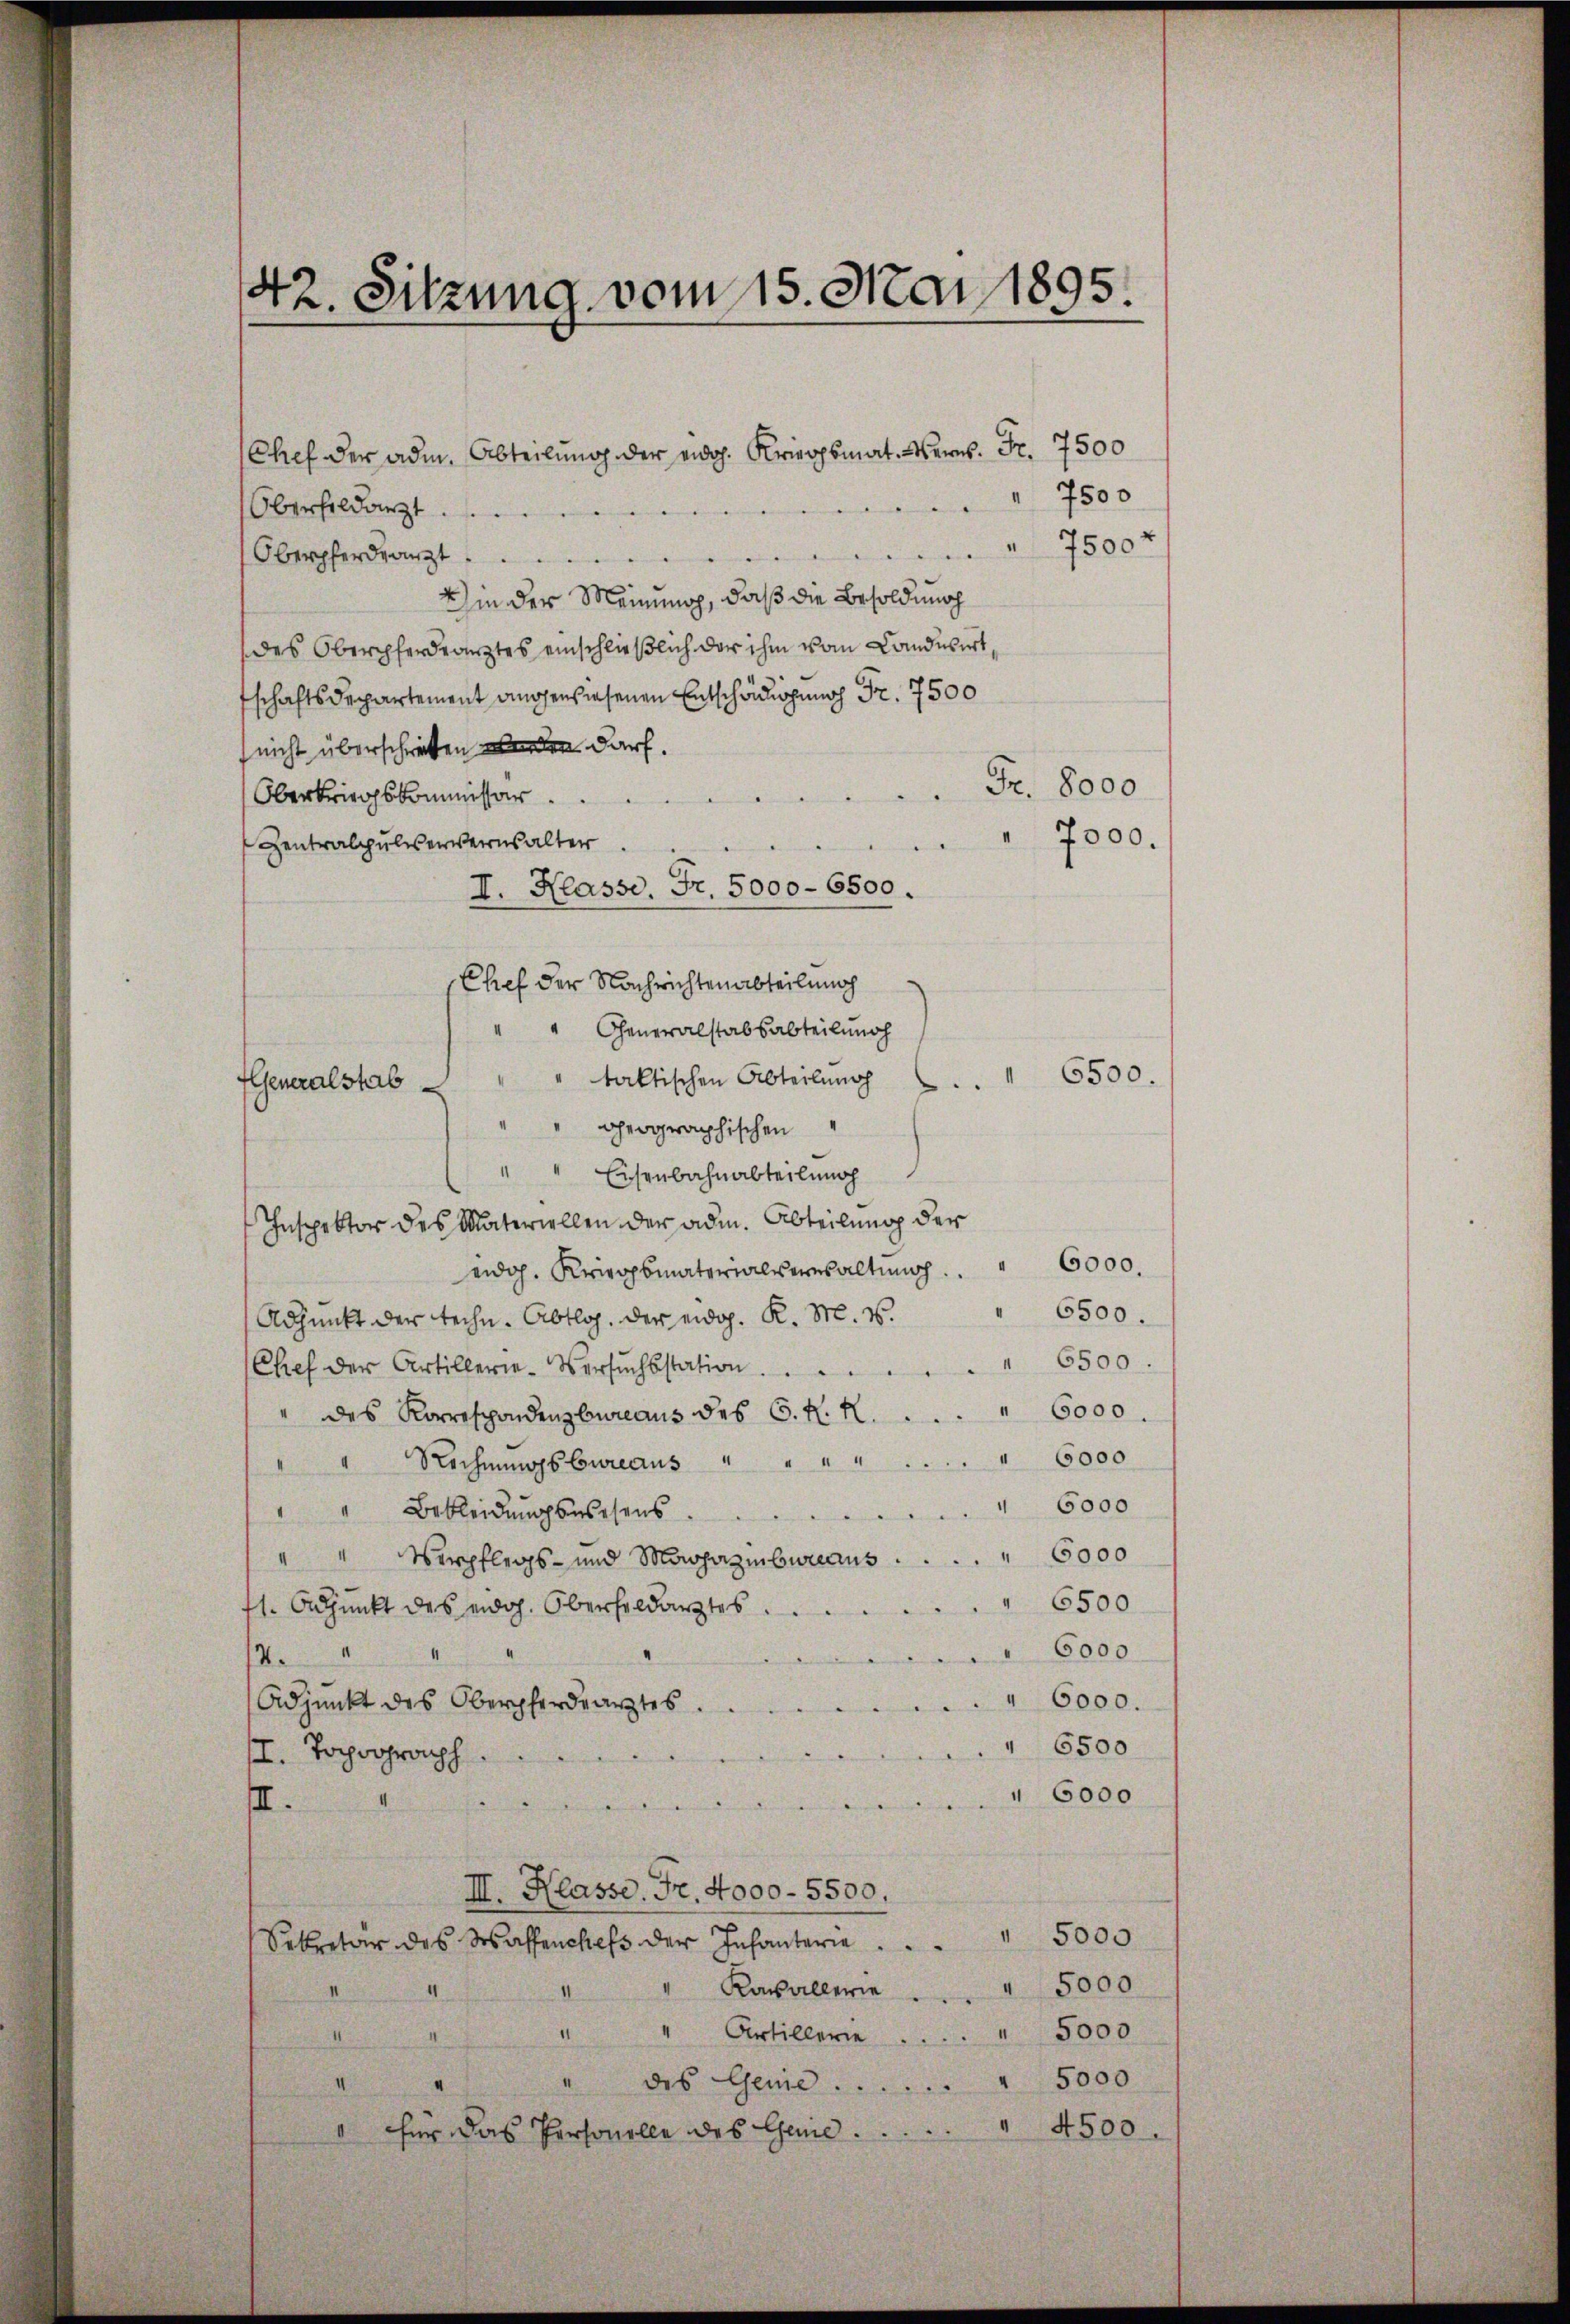
42. Sitzung vom 15. Mai 1895.

Chef der am Abteilung der eidg. Kriegsmat. Werns. Fr. 7500
7500
Oberfeldarzt.
7500 x
e
Oberpferdränzt.
Bin der Meinung, daß die Besoldung
des Oberferdearztes einschließlich der ihm vom Landwirt,
tschaftsdepartement angensiesenen Entschädigung Fr. 7500
nicht überschriften werden darf.
Fr. 8000
Oberkriegskommissar

" 7000.
Zentralpulverweins alter
Chef der Nachrichtenabteilunach
" Generalstabsabteilung
6500.
" taktischen Abteilung
Generalstab
geographischen
Eisenbahnabteilung
Inspektor des Materiellen der adm. Abteilung der
eidg. Kriegsmaterialsersaltung 6000.
6500.
Adjunkt der techn. Abtlg. Der eidg. K. M. v.
Chef der Artillerie-Versuchsstation.          " 6500.
" des Korrespondenzbureaus des C. H. K.   ..  ..  ..    " 6000.
" " Rechnŭngsbureaus " " " " " 6000
6000
" " Bekleidŭngswesens.
" Verpflegs- und Magazinbureaus 6000
71. Apunkt des eidg. Oberheldarztes " 6500
I
" 6000
14.
Adjunkt des Oberpferdearztes.
" 6000.
6500.
II. Topograph
 5000.
III.
d
III. Klasse. Fr. 4000 - 5500.
Sekretär des Wassenches der Infanterie                            5000
Kavallerie                      5000
1
1
Artillerie 5000
des Geme . . . . . . . . " 5000
4500.
für das Personelle des Gene

mere
I. Klasse, Fr. 5000-6500.